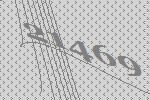
21469